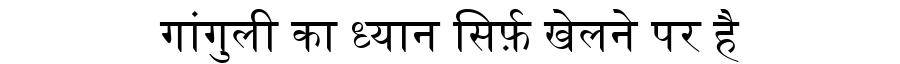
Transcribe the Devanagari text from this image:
गांगुली का ध्यान सिर्फ़ खेलने पर है